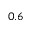
0 . 6